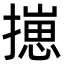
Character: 㩄